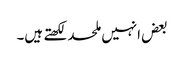
بعض انہیں ملحد لکھتے ہیں۔